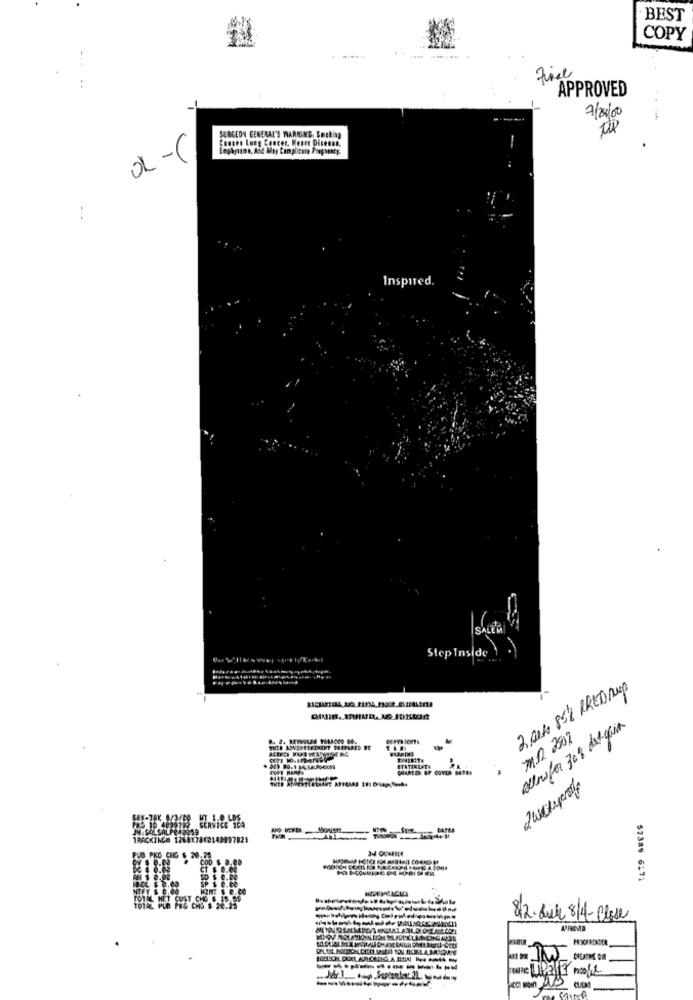
BEST
COPY
---
APPROVED
7/20/00
SURGEON GENERAL'S WARNING, Smoking
Causes Lung Cancer. Weare Disessa.
01-C
Inspired.
Step Inside
2 Rate 85% RRED Rup
altrofor 30% del. gaia
M.D. 2902
TRACKING# 176817800142997821
3-4 OCAFREE
FLO PKO CHG $ 20.25
57385 6171
82. Luck 8/4- Close
CREADNE OR